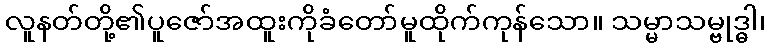
လူနတ်တို့၏ပူဇော်အထူးကိုခံတော်မူထိုက်ကုန်သော။ သမ္မာသမ္ဗုဒ္ဓါ၊